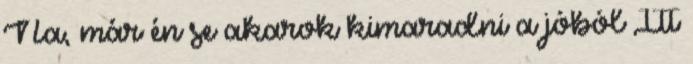
Na, már én se akarok kimaradni a jóból Itt